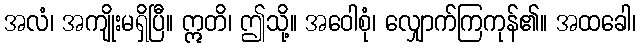
အလံ၊ အကျိုးမရှိပြီ။ ဣတိ၊ ဤသို့။ အဝေါစုံ၊ လျှောက်ကြကုန်၏။ အထခေါ၊